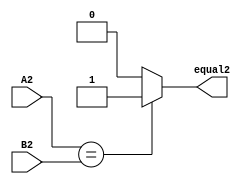
module eq2 ( A2 ,B2 ,equal2);

output equal2 ;

input [1:0] A2;
input [1:0] B2 ;


assign equal2   = (A2==B2) ? 1 : 0;

endmodule





module test_eq2;
   reg [1:0] A2;
   reg [1:0] B2;
   wire Equal2;
   eq2 uut(.A2(A2), .B2(B2), .equal2(Equal2));
      
   initial begin
      A2=2'b11;
      B2=2'b11;
      
       $monitor(Equal2);
   end
endmodule